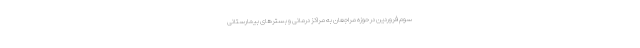
سوم فروردین در حوزه مراجعان به مراکز درمانی و بستر‌های بیمارستانی